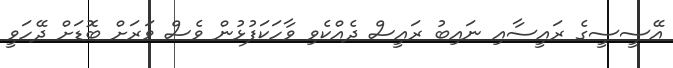
އޭސީސީގެ ރައީސާއި ނައިބު ރައީސް ދެއްކެވި ވާހަކަފުޅުން ވެސް ވަރަށް ބޮޑަށް ދޭހަވީ